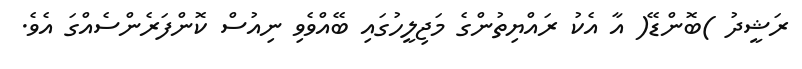
ރަޝީދު )ބޮންޑޭ( އާ އެކު ރައްޔިތުންގެ މަޖިލީހުގައި ބޭއްވެވި ނިއުސް ކޮންފަރެންސެއްގަ އެވެ.